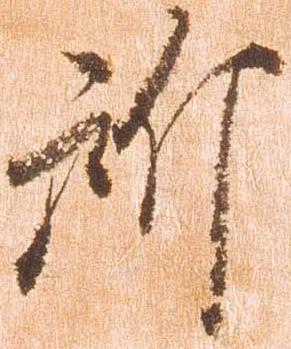
所